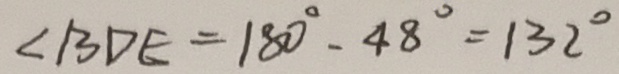
\angle B D E = 1 8 0 ^ { \circ } - 4 8 ^ { \circ } = 1 3 2 ^ { \circ }